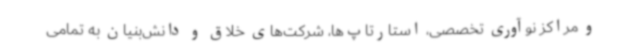
و مراکز نوآوری تخصصی، استارتاپ‌ها، شرکت‌های خلاق و دانش‌بنیان به تمامی